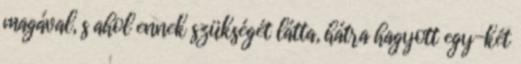
magával, s ahol ennek szükségét látta, hátra hagyott egy-két